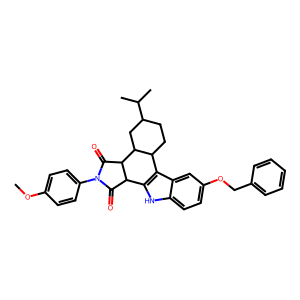
SMILES: COc1ccc(N2C(=O)C3c4[nH]c5ccc(OCc6ccccc6)cc5c4C4CCC(C(C)C)CC4C3C2=O)cc1
Inhibits HIV replication: No